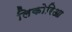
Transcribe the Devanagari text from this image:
लिकोरिआ